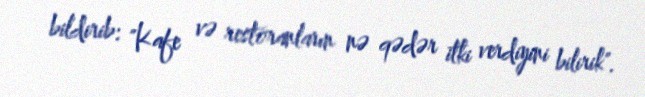
bildirib: "Kafe və restoranların nə qədər itki verdiyini bilirik".